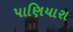
પાણિયારા